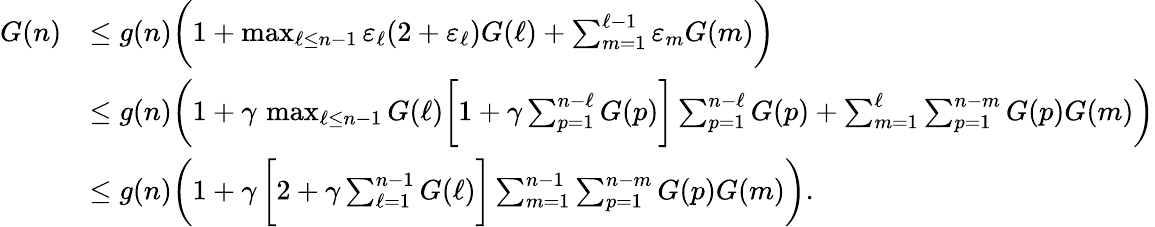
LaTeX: \begin{array}{rl}{G(n)}&{\le g(n)\bigg(1+\operatorname*{max}_{\ell\le n-1}\varepsilon_{\ell}(2+\varepsilon_{\ell})G(\ell)+\sum_{m=1}^{\ell-1}\varepsilon_{m}G(m)\bigg)}\\ &{\le g(n)\bigg(1+\gamma\, \operatorname*{max}_{\ell\le n-1}G(\ell)\bigg[1+\gamma\sum_{p=1}^{n-\ell}G(p)\bigg]\sum_{p=1}^{n-\ell}G(p)+\sum_{m=1}^{\ell}\sum_{p=1}^{n-m}G(p)G(m)\bigg)}\\ &{\le g(n)\bigg(1+\gamma\, \bigg[2+\gamma\sum_{\ell=1}^{n-1}G(\ell)\bigg]\sum_{m=1}^{n-1}\sum_{p=1}^{n-m}G(p)G(m)\bigg).}\end{array}